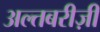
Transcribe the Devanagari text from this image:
अल्तबरीज़ी